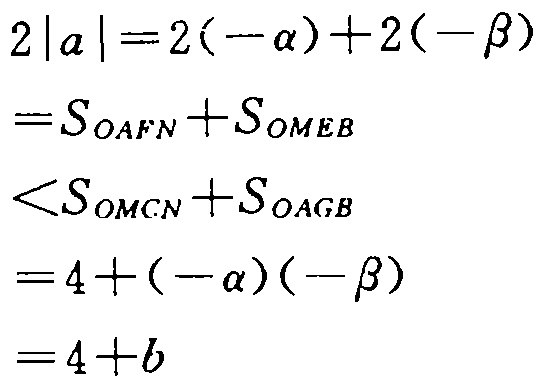
\[
\begin{align*}
2|a|&=2(-\alpha)+2(-\beta)\\
&=S_{OAFN}+S_{OMEB}\\
&<S_{OMCN}+S_{OAGB}\\
&=4+(-\alpha)(-\beta)\\
&=4 + b
\end{align*}
\]